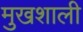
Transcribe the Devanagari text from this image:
मुखशाली